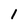
Character: 1